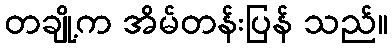
တချို့က အိမ်တန်းပြန် သည်။